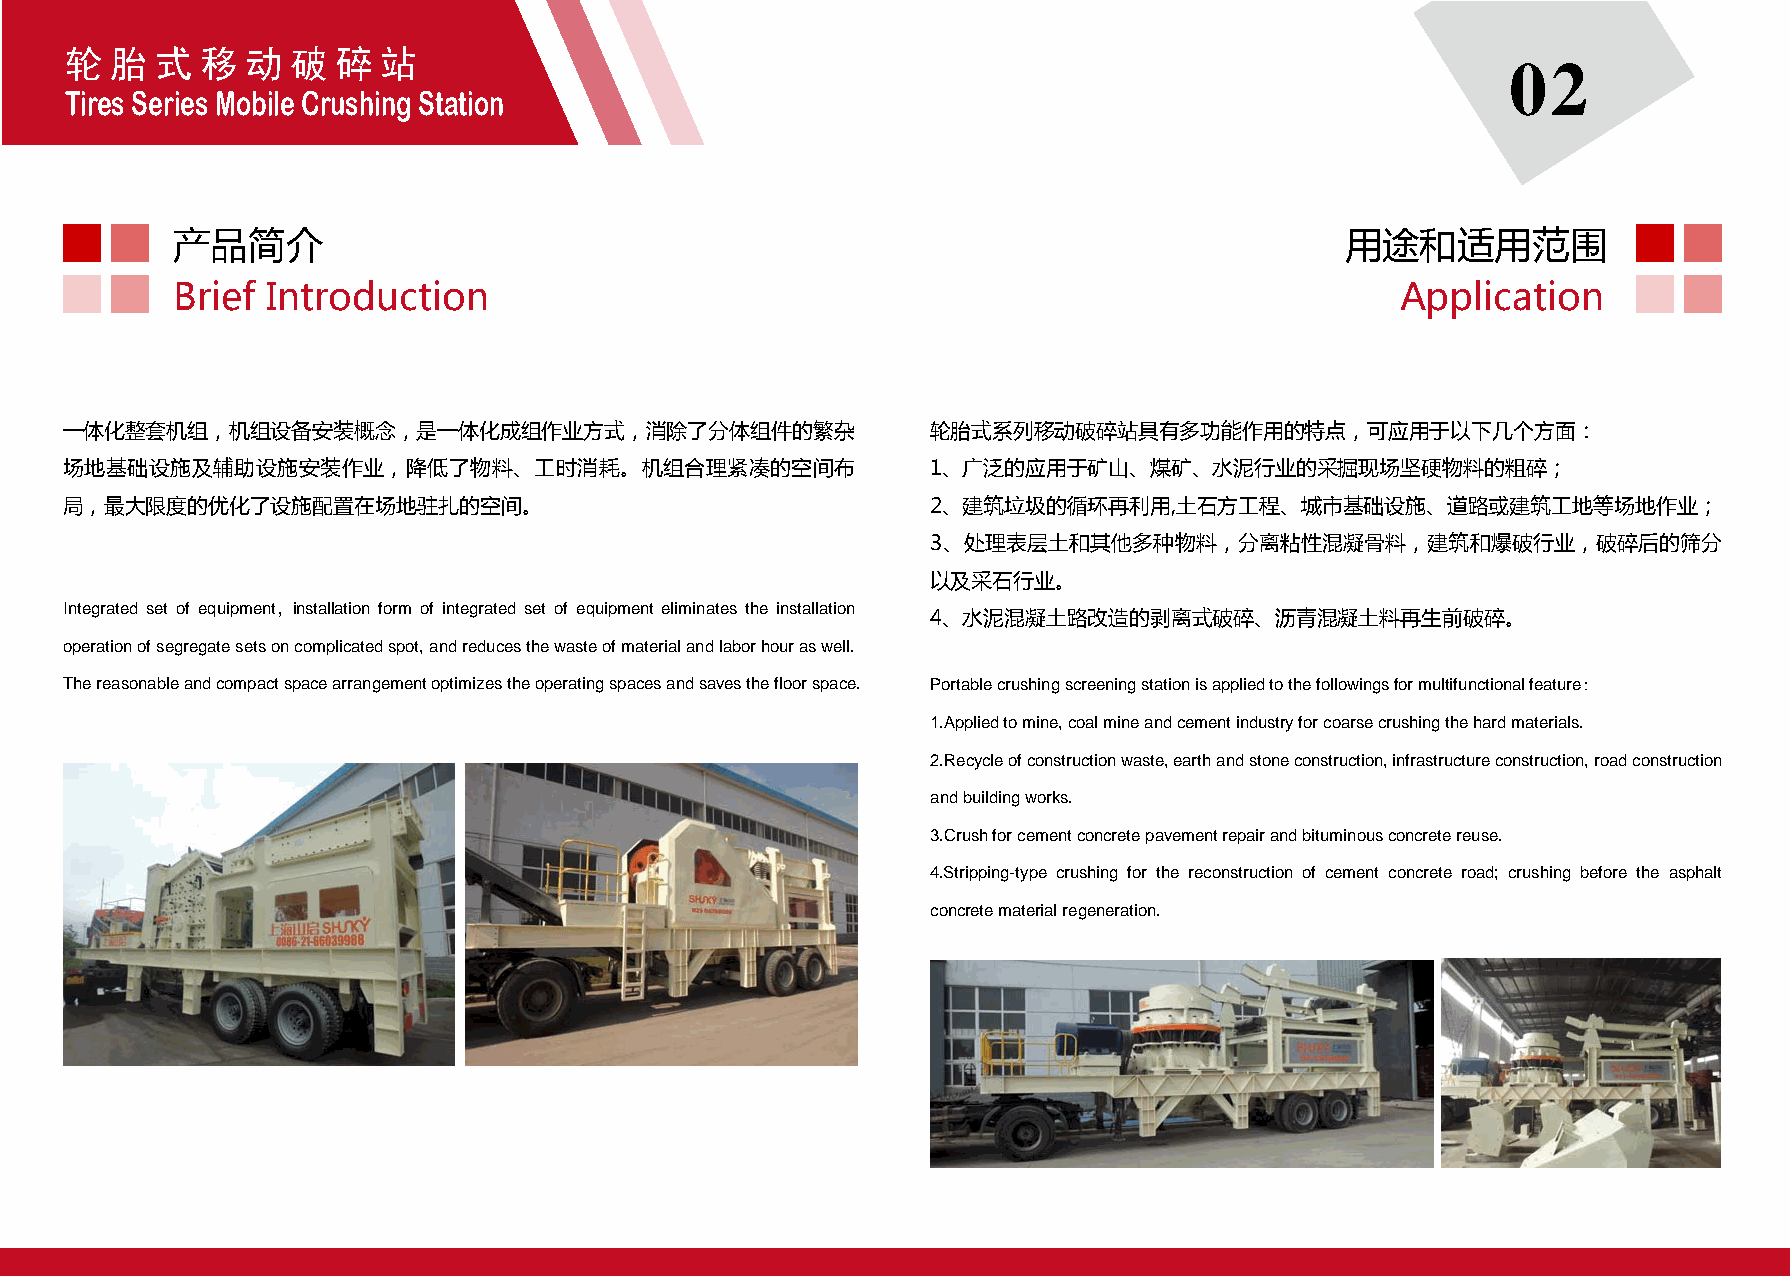
轮  胎  式  移  动  破  碎  站
 02
 TirSeKs SJe Srieesr Mieosb iJlea Cwru sChrinugs Shtaetrion
 产品简介                                                                          用途和适用范围
 Brief  Introduction                                                               Application
 一体化整套机组，机组设备安装概念，是一体化成组作业方式，消除了分体组件的繁杂                    轮胎式系列移动破碎站具有多功能作用的特点，可应用于以下几个方面：
 场地基础设施及辅助设施安装作业，降低了物料、工时消耗。机组合理紧凑的空间布                     1、广泛的应用于矿山、煤矿、水泥行业的采掘现场坚硬物料的粗碎；
 局，最大限度的优化了设施配置在场地驻扎的空间。                                   2、建筑垃圾的循环再利用,土石方工程、城市基础设施、道路或建筑工地等场地作业；
 3、处理表层土和其他多种物料，分离粘性混凝骨料，建筑和爆破行业，破碎后的筛分
 以及采石行业。
 Integrated set of equipment，installation form of integrated set of equipment eliminates the installation
 4、水泥混凝土路改造的剥离式破碎、沥青混凝土料再生前破碎。
 operation of segregate sets on complicated spot, and reduces the waste of material and labor hour as well.
 The reasonable and compact space arrangement optimizes the operating spaces and saves the floor space. Portable crushing screening station is applied to the followings for multifunctional feature：
 1.Applied to mine, coal mine and cement industry for coarse crushing the hard materials.
 2.Recycle of construction waste, earth and stone construction, infrastructure construction, road construction
 and building works.
 3.Crush for cement concrete pavement repair and bituminous concrete reuse.
 4.Stripping-type crushing for the reconstruction of cement concrete road; crushing before the asphalt
 concrete material regeneration.